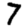
Digit: 7